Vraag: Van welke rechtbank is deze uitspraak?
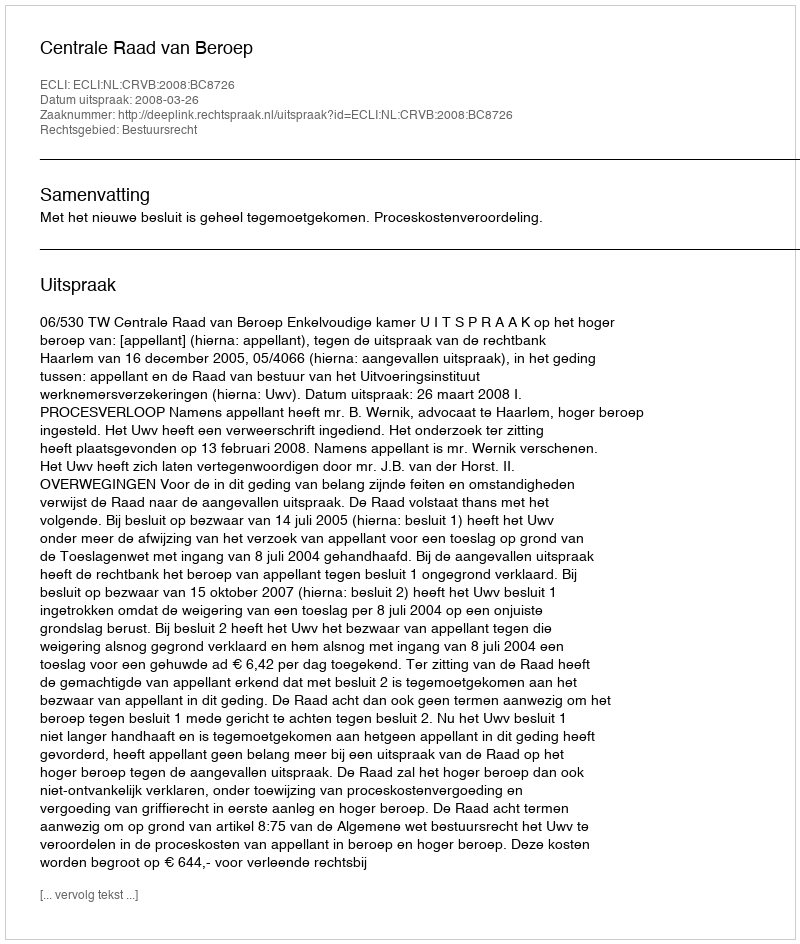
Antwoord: Centrale Raad van Beroep